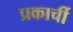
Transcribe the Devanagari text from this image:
प्रकार्ची